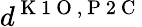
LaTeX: d^{\mathrm{~K~1~O~},\mathrm{~P~2~C~}}